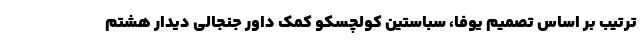
ترتیب بر اساس تصمیم یوفا، سباستین کولچسکو کمک داور جنجالی دیدار هشتم